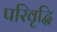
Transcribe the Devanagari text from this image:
परिवृद्धि